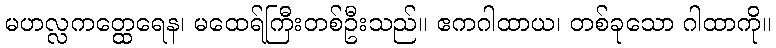
မဟလ္လကတ္ထေရေန၊ မထေရ်ကြီးတစ်ဦးသည်။ ဧကဂါထာယ၊ တစ်ခုသော ဂါထာကို။